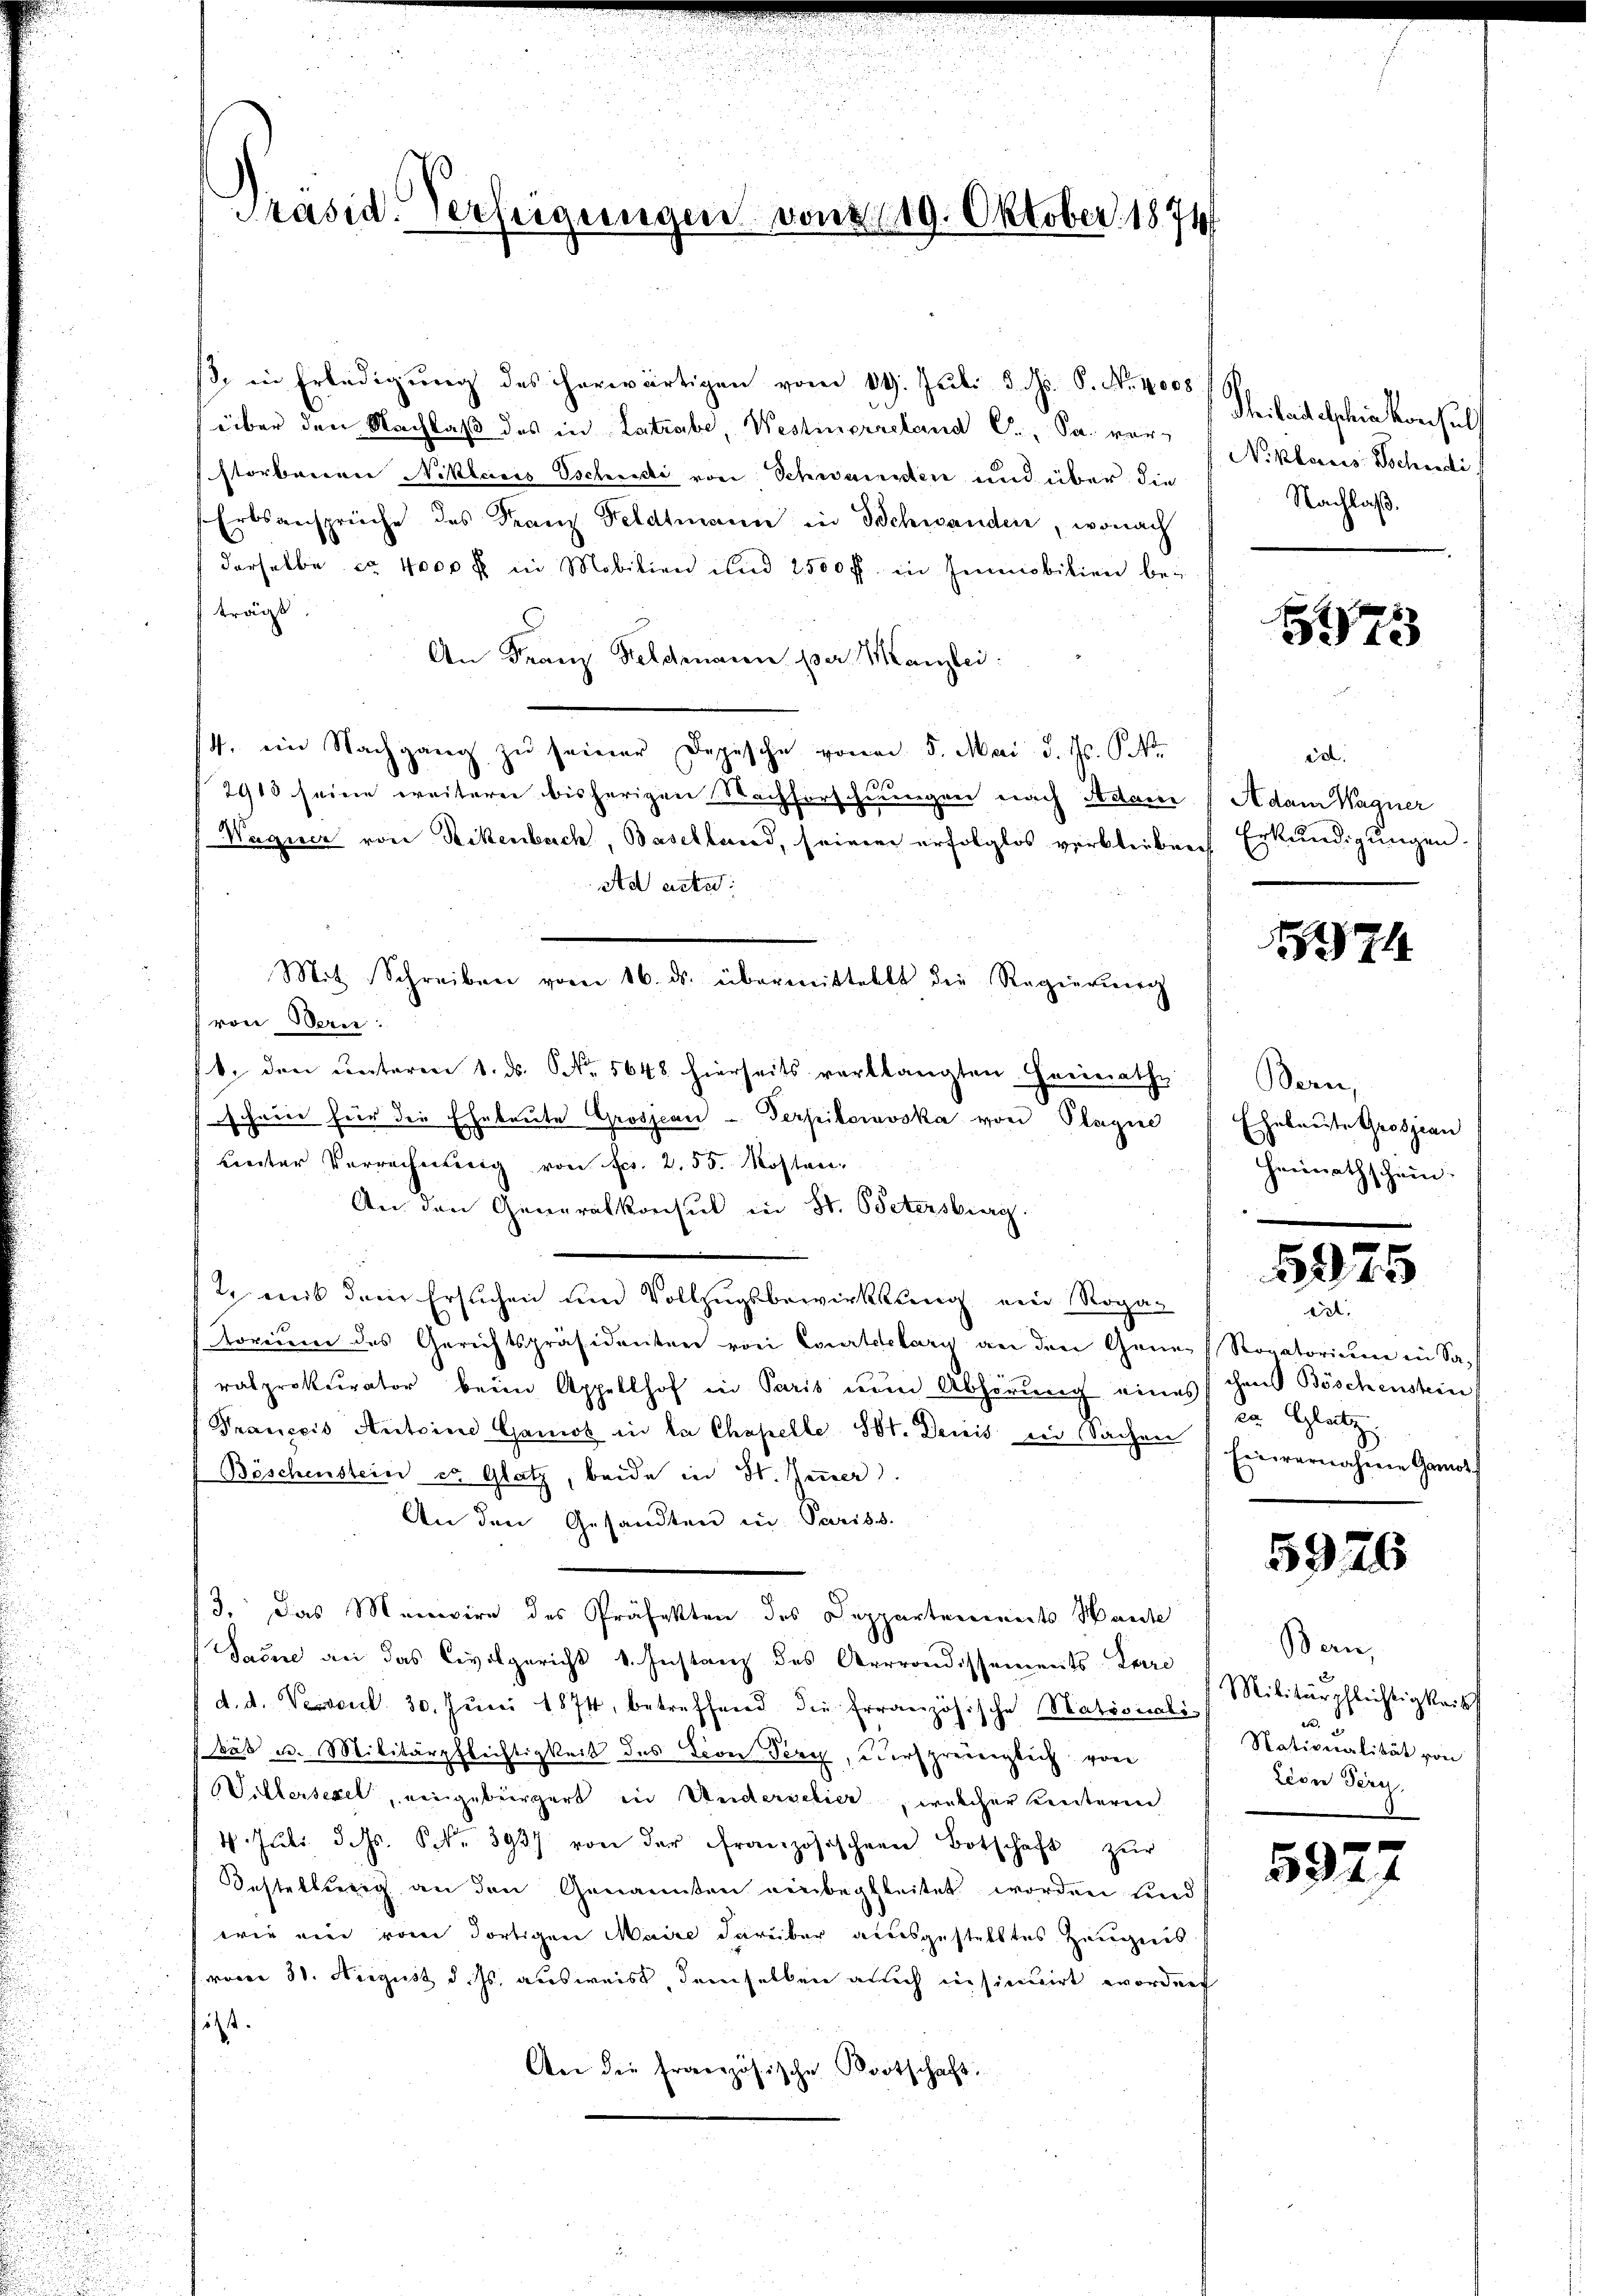
Präsid. Verfeigungen von 119. Oktober 1871

β. in Erledigŭng des herwärtigen vom 19. Juli 3. ds. S. Nr. 4008
über den Nachlaß des in Latrabe, Westerreland C., Sa. vor Niklares Jochudi
storbenen Niklaus Tschudi von Schwandten und über die
Erbsansprüche des Franz Feldtmann in Schwanden, wonach
derselbe ca 4000 fl in Mobilien und 2500 ff. in Immobilien bei
trägt
An Franz Feldmann per Manzlei:
14. ein Nachgang zu seiner Dopische von 5. Mai d. Js. O
2913 seine weiterer bisherigen Nachforschnungen nach Adam Adam Wagner
Wagner von Seckenbuch, Baselland, seinem erfolglos verbleiben Erkundigungen.
Ad acte:
Mit Schreiben vom 16. ds. übermittellt die Regierung
(von Bern:
/4. den ŭnterm 1. ds. Nr. 5648 hierseits verlangten Freierathe
scheine für die Eheleute Grosjean - Terpilorvska von Plagine Ehebaute Grossian
Lnter Vorrechnung von Fr. 2. 55. Kosten
An den Generalkonsul in St. Petersburg.
2. mit dem Ersuchen um Vollzugsbewirkung ein Roga-
torium des Gerichtspräsidenten von Courtelary an den Gener (Rovatorium in Sach
ralprokurator beim Appellhof in Paris nun Abhörung eines schen Böschenstein
Franccis Antoine Gamot in la Chapelle St. Denis in Sachen Einvernahme Hande
Böschenstein es Glatz, beide in St. Jener.
An den Gesandten in Pariss.
13. Das Menwire des Präfekten des Deppartements Haute
Sacere an das Civilgericht v. Instanz des Arrrondissements-Parre
d. d. Veterl. 30. Juni 1874, betreffend die französische Stationalibus u. Militärpflichtigkeit des Fron Terz, dersprediglich von
Willersezel, eingebürgert in Underschier, welcher Kenteren
4. Juli d. Js. S. 393) von der französischen Botschaft zŭr
Oestellung an den Genannten einbegleitet worden und
wie eine vom dortigen Maire darüber ausgestelltes Zeugnis
vom 31. August d. Js. ausweist demselben auch insinuirt worden
.
An die französische Kortschaft.

dteilet abschein konsuls
Nachlaß.

3

ed

74

Bern,
Heirathschein.

5075

it.
in Glatz

5926

Bern,
Militärpflichtigkeits
Nativeralität von
Lisn Fern

592